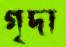
গৃদা